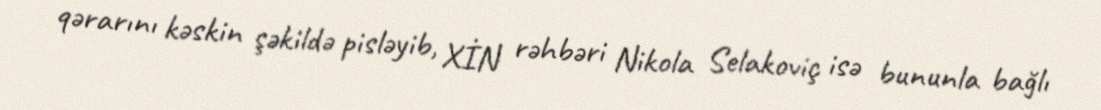
qərarını kəskin şəkildə pisləyib, XİN rəhbəri Nikola Selakoviç isə bununla bağlı